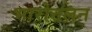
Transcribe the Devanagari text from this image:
भारोत्तलन